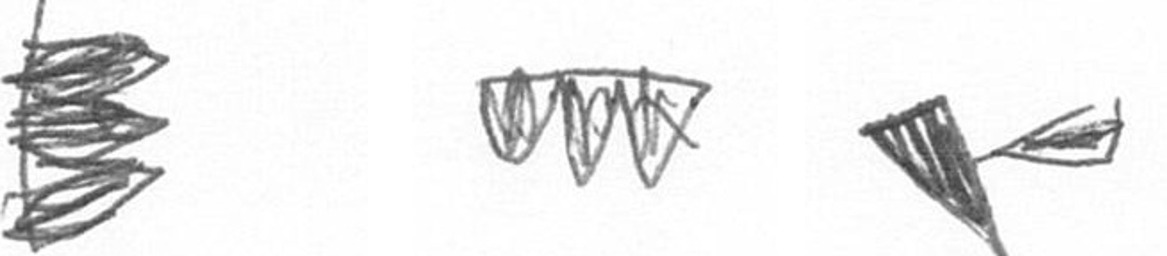
H L F